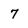
Character: 7